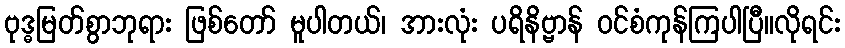
ဗုဒ္ဓမြတ်စွာဘုရား ဖြစ်တော် မူပါတယ်၊ အားလုံး ပရိနိဗ္ဗာန် ဝင်စံကုန်ကြပါပြီ။လိုရင်း